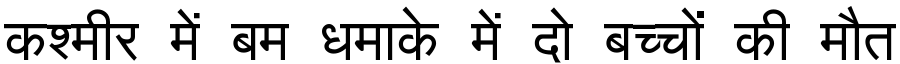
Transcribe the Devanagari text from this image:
कश्मीर में बम धमाके में दो बच्चों की मौत